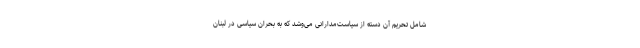
شامل تحریم آن دسته از سیاست‌مدارانی می‌وشد که به بحران سیاسی در لبنان